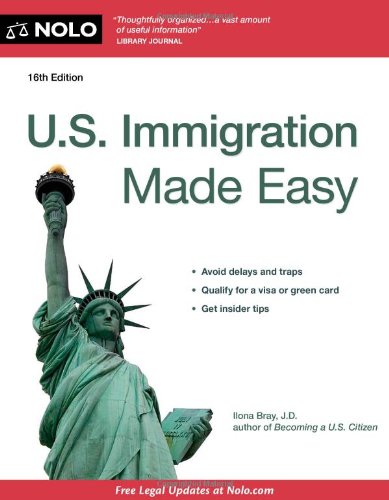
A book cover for U.S. Immigration Made Easy; Ilona Bray; Test Preparation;